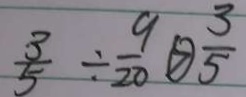
\frac { 3 } { 5 } \div \frac { 9 } { 2 0 } \textcircled { > } \frac { 3 } { 5 }